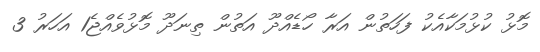
މޮޅު ކުޅުމަކާއެކު ފަހަތުން އަރާ ހޯޑެއްދޫ އަތުން ތިނަދޫ މޮޅުވެއްޖެ1 އަހަރު 3